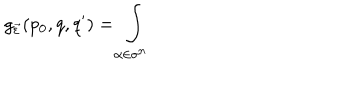
LaTeX: g _ { \vec { \varepsilon } } ( p _ { 0 } , q , q ^ { \prime } ) = \int _ { \alpha \in \sigma ^ { n } }